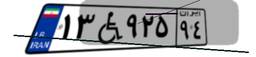
۱۳W۹۲۵۹۴